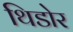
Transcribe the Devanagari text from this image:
थिडोर